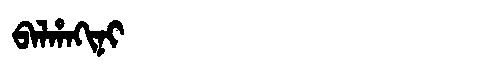
Manchu: ᠪᠠᠯᡥᠠᡴᡳᠨᡳ
Romanization: BALHAKINI